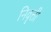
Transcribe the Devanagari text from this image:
निवॄत्ती